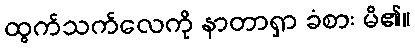
ထွက်သက်လေကို နာတာရှာ ခံစား မိ၏။